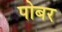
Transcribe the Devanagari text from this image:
पोबर